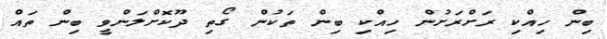
ބިން ހިއްކި ރަށްރަށުން ހިއްކި ބިން ތަކުން ގޯތި ދޫކޮށްލަންވީ ބިން ތައް